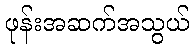
ဖုန်းအဆက်အသွယ်